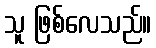
သူ ဖြစ်လေသည်။